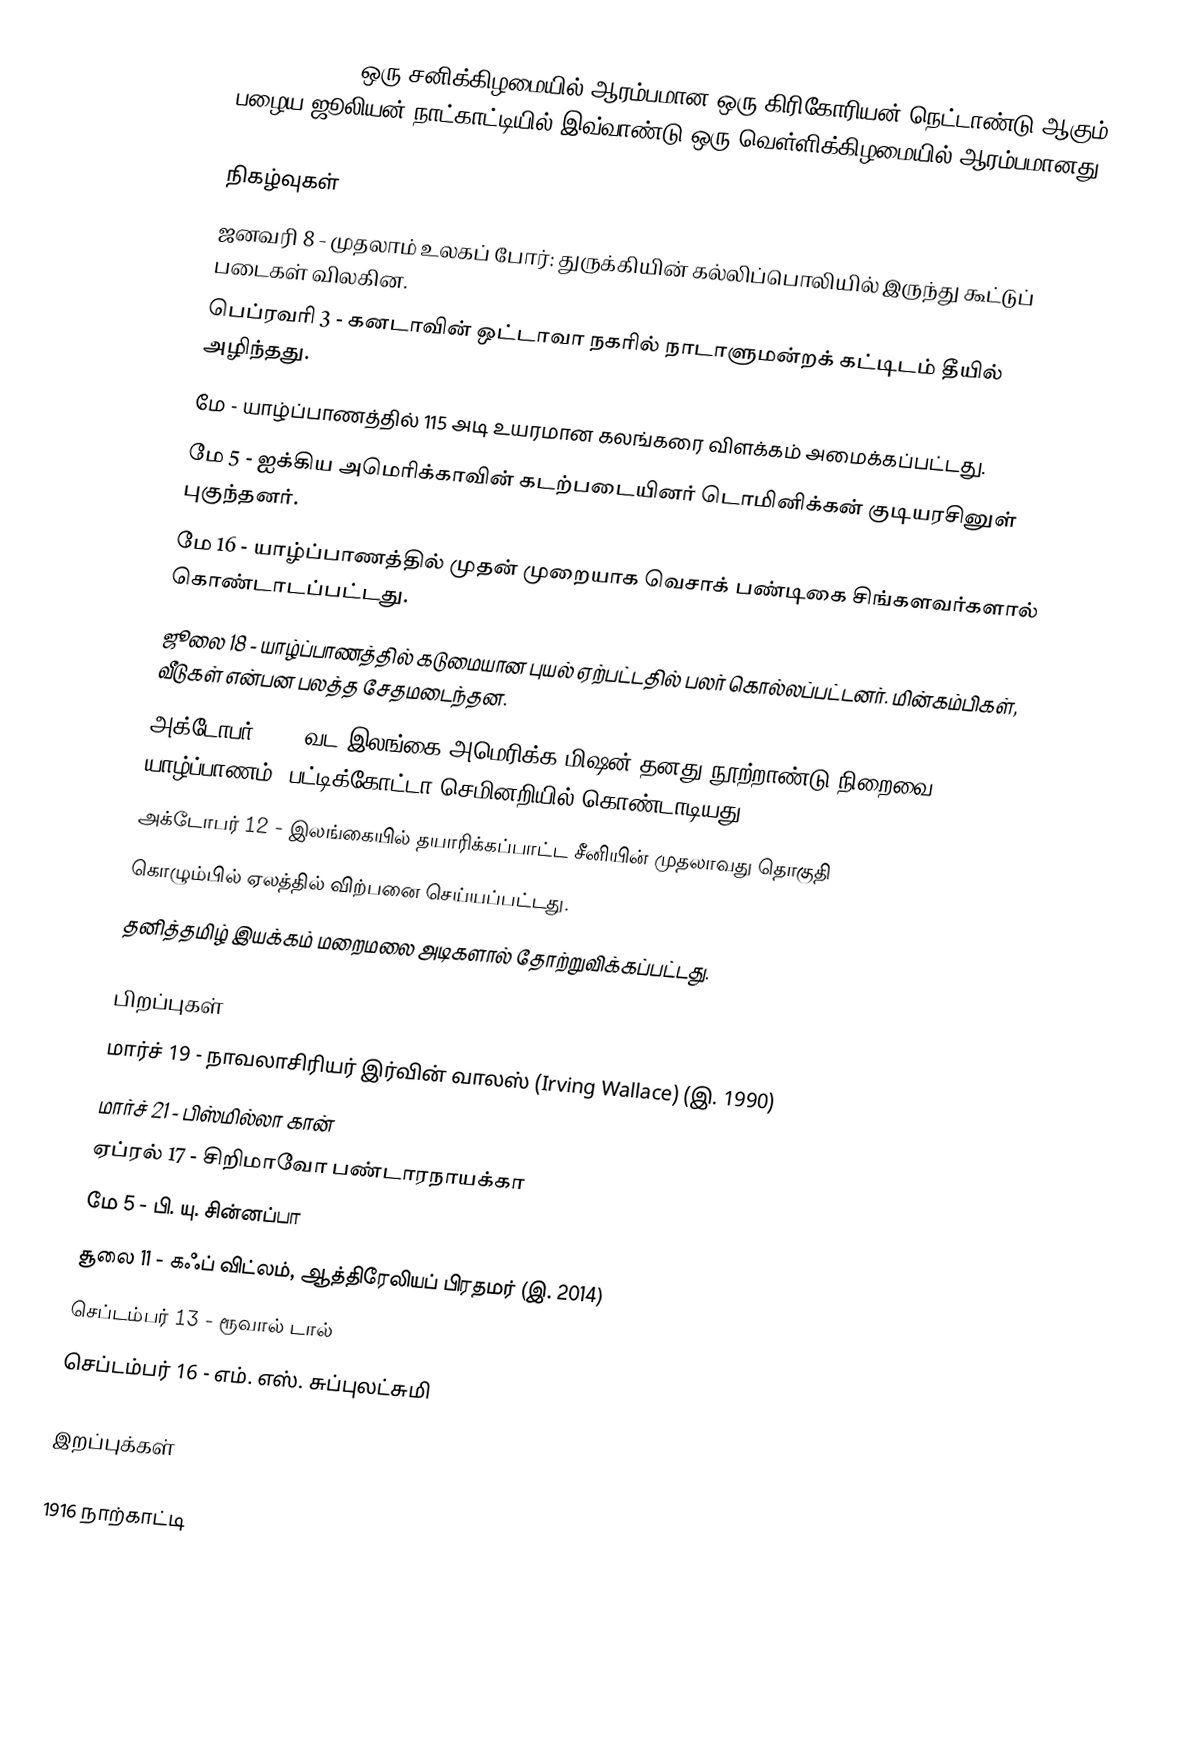
1916  (MCMXVI) ஒரு சனிக்கிழமையில் ஆரம்பமான ஒரு கிரிகோரியன் நெட்டாண்டு ஆகும். பழைய ஜூலியன் நாட்காட்டியில் இவ்வாண்டு ஒரு வெள்ளிக்கிழமையில் ஆரம்பமானது.

நிகழ்வுகள்
 ஜனவரி 8 - முதலாம் உலகப் போர்: துருக்கியின் கல்லிப்பொலியில் இருந்து கூட்டுப் படைகள் விலகின.
 பெப்ரவரி 3 - கனடாவின் ஒட்டாவா நகரில் நாடாளுமன்றக் கட்டிடம் தீயில் அழிந்தது.
 மே - யாழ்ப்பாணத்தில் 115 அடி உயரமான கலங்கரை விளக்கம் அமைக்கப்பட்டது.
 மே 5 - ஐக்கிய அமெரிக்காவின் கடற்படையினர் டொமினிக்கன் குடியரசினுள் புகுந்தனர்.
 மே 16 - யாழ்ப்பாணத்தில் முதன் முறையாக வெசாக் பண்டிகை சிங்களவர்களால் கொண்டாடப்பட்டது.
 ஜூலை 18 - யாழ்ப்பாணத்தில் கடுமையான புயல் ஏற்பட்டதில் பலர் கொல்லப்பட்டனர். மின்கம்பிகள், வீடுகள் என்பன பலத்த சேதமடைந்தன.
 அக்டோபர் 10 - வட இலங்கை அமெரிக்க மிஷன் தனது நூற்றாண்டு நிறைவை யாழ்ப்பாணம், பட்டிக்கோட்டா செமினறியில் கொண்டாடியது.
 அக்டோபர் 12 - இலங்கையில் தயாரிக்கப்பாட்ட சீனியின் முதலாவது தொகுதி
கொழும்பில் ஏலத்தில் விற்பனை செய்யப்பட்டது.
 தனித்தமிழ் இயக்கம் மறைமலை அடிகளால் தோற்றுவிக்கப்பட்டது.

பிறப்புகள்
 மார்ச் 19 - நாவலாசிரியர் இர்வின் வாலஸ் (Irving Wallace) (இ. 1990)
 மார்ச் 21 - பிஸ்மில்லா கான்
 ஏப்ரல் 17 - சிறிமாவோ பண்டாரநாயக்கா
 மே 5 - பி. யு. சின்னப்பா
 சூலை 11 - கஃப் விட்லம், ஆத்திரேலியப் பிரதமர் (இ. 2014)
 செப்டம்பர் 13 - ரூவால் டால்
 செப்டம்பர் 16 - எம். எஸ். சுப்புலட்சுமி

இறப்புக்கள்

1916 நாற்காட்டி

nv:1901 – 1950